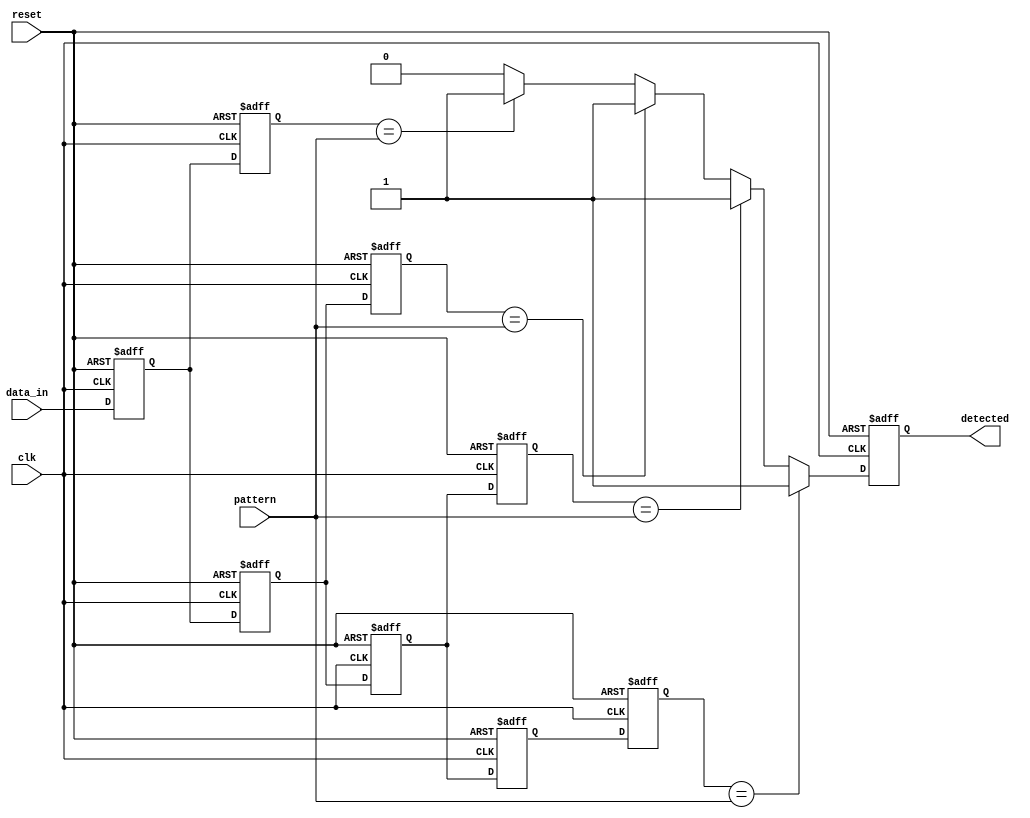
module SamplingDelayLineDetector #(
    parameter DATA_WIDTH = 8,       // Width of the input data
    parameter MEM_BLOCKS = 4,       // Number of memory blocks (delay stages)
    parameter PATTERN_WIDTH = 8      // Width of the pattern to detect
)(
    input wire clk,                  // Clock signal
    input wire reset,                // Reset signal
    input wire [DATA_WIDTH-1:0] data_in, // Incoming data signal
    input wire [PATTERN_WIDTH-1:0] pattern, // Pattern to detect
    output reg detected              // Output signal indicating detection
);

    // Memory blocks to store samples
    reg [DATA_WIDTH-1:0] mem [0:MEM_BLOCKS-1];
    
    // Delay line registers
    reg [DATA_WIDTH-1:0] delay_line [0:MEM_BLOCKS-1];

    integer i;

    // Sampling and delay logic
    always @(posedge clk or posedge reset) begin
        if (reset) begin
            for (i = 0; i < MEM_BLOCKS; i = i + 1) begin
                mem[i] <= 0;
                delay_line[i] <= 0;
            end
            detected <= 0;
        end else begin
            // Shift the input data through the delay line
            delay_line[0] <= data_in;
            for (i = 1; i < MEM_BLOCKS; i = i + 1) begin
                delay_line[i] <= delay_line[i-1];
            end
            
            // Store samples in memory blocks
            for (i = 0; i < MEM_BLOCKS; i = i + 1) begin
                mem[i] <= delay_line[i];
            end
            
            // Comparison logic to detect the pattern
            detected <= 0; // Reset detected flag
            for (i = 0; i < MEM_BLOCKS; i = i + 1) begin
                if (mem[i][PATTERN_WIDTH-1:0] == pattern) begin
                    detected <= 1; // Pattern detected
                end
            end
        end
    end

endmodule